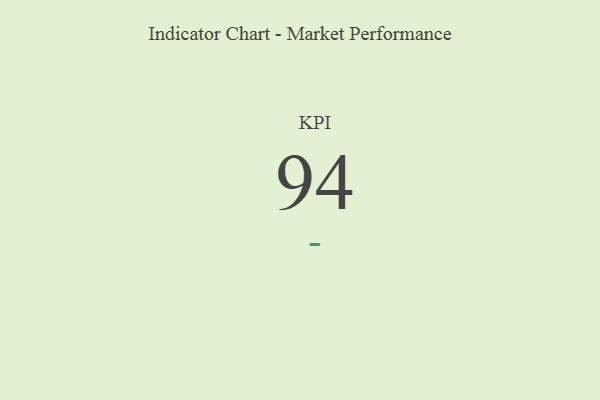
{"axis": {"x": "KPI", "y": "Value"}, "legend": [""], "data": [{"x": "KPI", "y": 94, "type": ""}]}